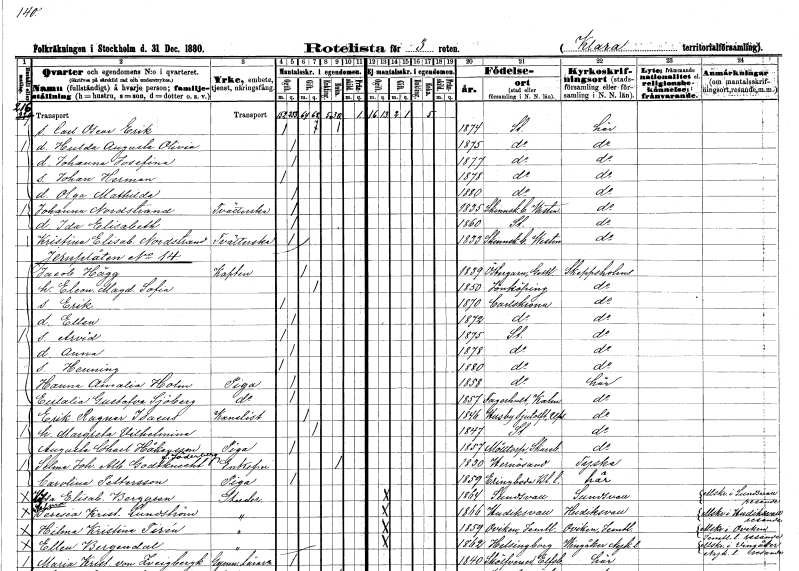
gt_parse: households: individuals: FN: Carl Oscar Erik
KON: M
CIV: O
FODAR: 1874
FODFORS: Stockholm
FN: Hulda Augusta Olivia
KON: K
CIV: O
FODAR: 1875
FODFORS: Stockholm
FN: Johanna Josefina
KON: K
CIV: O
FODAR: 1877
FODFORS: Stockholm
FN: Johan Herman
KON: M
CIV: O
FODAR: 1878
FODFORS: Stockholm
FN: Olga Mathilda
KON: K
CIV: O
FODAR: 1880
FODFORS: Stockholm
FN: Johanna
EN: Nordstrand
YRKE: Tvätterska
KON: K
CIV: O
FODAR: 1835
FODFORS: Skinnskatteberg Västmanlands län
FN: Ida Elisabeth
KON: K
CIV: O
FODAR: 1860
FODFORS: Stockholm
FN: Kristina Elisabet
EN: Nordstrand
YRKE: Tvätterska
KON: K
CIV: O
FODAR: 1833
FODFORS: Skinnskatteberg Västmanlands län
FN: Jacob
EN: Hägg
YRKE: Kapten armén och flottan
KON: M
CIV: G
FODAR: 1839
FODFORS: Östergarn Gotlands län
FN: Eleonora Magdalena Sofia
KON: K
CIV: G
FODAR: 1850
FODFORS: Jönköping Jönköpings län
FN: Erik
KON: M
CIV: O
FODAR: 1870
FODFORS: Karlskrona Blekinge län
FN: Ellen
KON: K
CIV: O
FODAR: 1872
FODFORS: Karlskrona Blekinge län
FN: Arvid
KON: M
CIV: O
FODAR: 1875
FODFORS: Stockholm
FN: Anna
KON: K
CIV: O
FODAR: 1878
FODFORS: Stockholm
FN: Henning
KON: M
CIV: O
FODAR: 1880
FODFORS: Stockholm
FN: Hanna Amalia
EN: Holm
YRKE: Piga
KON: K
CIV: O
FODAR: 1858
FODFORS: Stockholm
FN: Eulalia Gustafva
EN: Sjöberg
YRKE: Piga
KON: K
CIV: O
FODAR: 1857
FODFORS: Fagerhult Kalmar län
FN: Erik Ragnar
EN: Isaeus
YRKE: Kanslist
KON: M
CIV: G
FODAR: 1846
FODFORS: Husby-Sjutolft Uppsala län
FN: Margreta Vilhelmina
KON: K
CIV: G
FODAR: 1847
FODFORS: Stockholm
FN: Augusta Charlotta
EN: Håkansson
YRKE: Piga
KON: K
CIV: O
FODAR: 1857
FODFORS: Mölltorp Skaraborgs län
FN: Selma Johanna Albertina
EN: Godtknecht Söderberg
KON: K
CIV: E
FODAR: 1830
FODFORS: Härnösand Västernorrlands län
FN: Carolina
EN: Pettersson
YRKE: Piga
KON: K
CIV: O
FODAR: 1859
FODFORS: Eringsboda Blekinge län
FN: Hilda Elisabet
EN: Berggren
YRKE: Studerande
KON: K
CIV: O
FODAR: 1864
FODFORS: Sundsvall Västernorrlands län
FN: Selma Teresia Kristina
EN: Lundström
YRKE: Studerande
KON: K
CIV: O
FODAR: 1866
FODFORS: Hudiksvall Gävleborgs län
FN: Hilma Kristina
EN: Tirén
YRKE: Studerande
KON: K
CIV: O
FODAR: 1859
FODFORS: Oviken Jämtlands län
FN: Ellen
EN: Bergendal
YRKE: Studerande
KON: K
CIV: O
FODAR: 1862
FODFORS: Helsingborg Malmöhus län
FN: Maria Kristina
EN: von Zveigbergk
YRKE: Gymnastiklärarinna
KON: K
CIV: O
FODAR: 1840
FODFORS: Skölvene Älvsborgs län